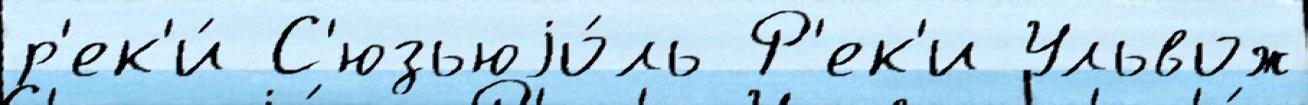
р'ек'и́ С'юзьюjо́ль Р'ек'и Ульвож